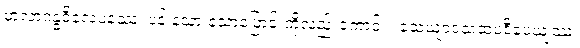
မာလာဂန္ဓဝိလေပနဿ၊ ပန်းနံ့သာ နံ့သာပြောင်းကိုလည်းကောင်း။ သေယျာဝသထပဒီပေယျဿ၊